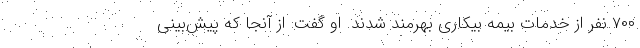
۷۰۰ نفر از خدمات بیمه بیکاری بهرمند شدند. او گفت: از آنجا که پیش‌بینی